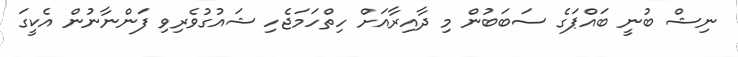
ނިޝް ބުނީ ބައްޕަގެ ސަބަބުން މި ދާއިރާއަށް ހިތްހަމަޖެހި ޝައުގުވެރިވި ފަންނާނުން އެކީގަ